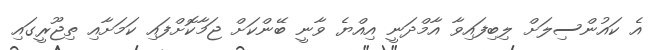
އެ ކައުންސިލަށް ލިބިފައިވާ އާމްދަނީ އިއްޔެ ވާނީ ބޭންކަށް ޖަމާކޮށްފައި ކަމަށާއި ތިޖޫރީގައި